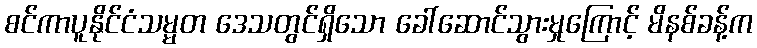
စင်ကာပူနိုင်ငံသမ္မတ ဒေသတွင်ရှိသော ခေါ်ဆောင်သွားမှုကြောင့် မိနစ်ခန့်က